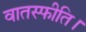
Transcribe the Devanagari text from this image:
वातस्फीति।